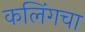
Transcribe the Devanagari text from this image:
कलिंगचा